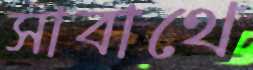
সাবাথে